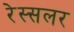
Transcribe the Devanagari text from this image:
रेस्सलर